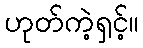
ဟုတ်ကဲ့ရှင့်။